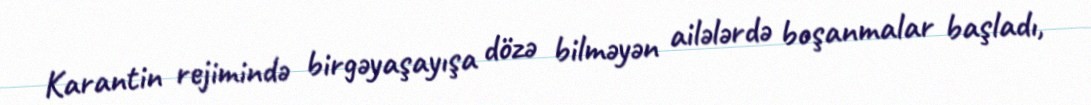
Karantin rejimində birgəyaşayışa dözə bilməyən ailələrdə boşanmalar başladı,